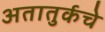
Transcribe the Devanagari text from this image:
अतातुर्कचे